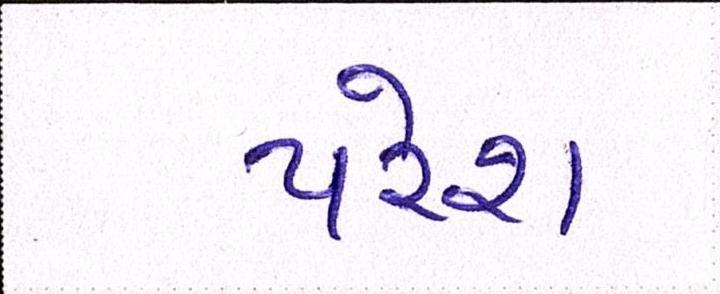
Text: પરેશ